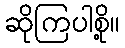
ဆိုကြပါစို့။